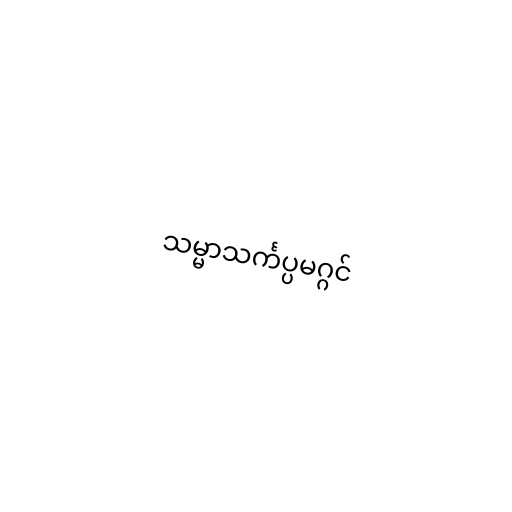
သမ္မာသင်္ကပ္ပမဂ္ဂင်